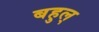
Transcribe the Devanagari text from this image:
बहुल्